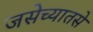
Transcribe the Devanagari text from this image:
जसेच्यातसे